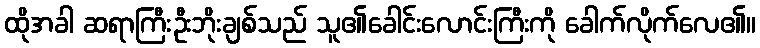
ထိုအခါ ဆရာကြီးဦးဘိုးချစ်သည် သူ၏ခေါင်းလောင်းကြီးကို ခေါက်လိုက်လေ၏။